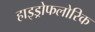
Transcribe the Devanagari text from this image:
हाइड्रोफलोरिक